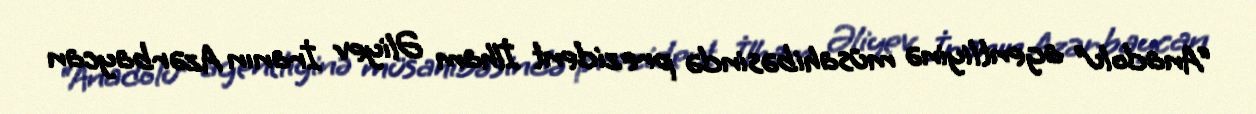
“Anadolu” agentliyinə müsahibəsində prezident İlham Əliyev İranın Azərbaycan